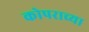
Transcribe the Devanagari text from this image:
कोपराच्या